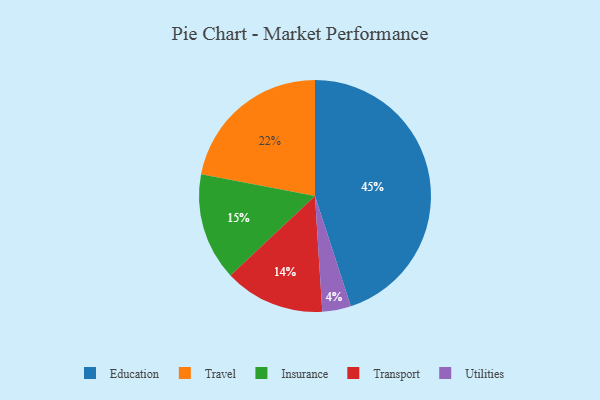
{"axis": {"x": "Category", "y": "Percentage"}, "legend": ["Education", "Insurance", "Transport", "Travel", "Utilities"], "data": [{"x": "Transport", "y": 14, "type": "Transport"}, {"x": "Travel", "y": 22, "type": "Travel"}, {"x": "Utilities", "y": 4, "type": "Utilities"}, {"x": "Insurance", "y": 15, "type": "Insurance"}, {"x": "Education", "y": 45, "type": "Education"}]}